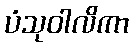
ပံသုဝါလိကာ